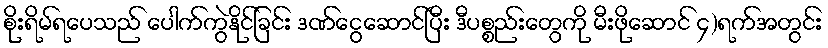
စိုးရိမ်ရပေသည် ပေါက်ကွဲနိုင်ခြင်း ဒဏ်ငွေဆောင်ပြီး ဒီပစ္စည်းတွေကို မီးဖိုဆောင် ၄)ရက်အတွင်း